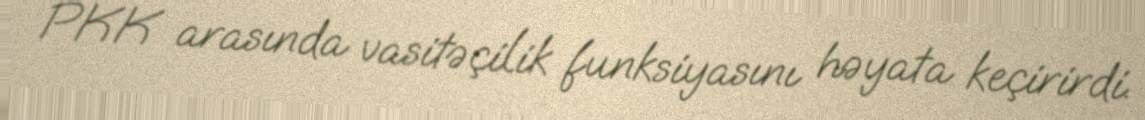
PKK arasında vasitəçilik funksiyasını həyata keçirirdi.